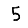
Digit: 5